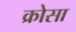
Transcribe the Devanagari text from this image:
क्रोसा